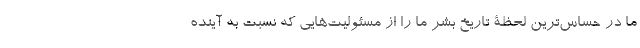
ما در حساس‌ترین لحظۀ تاریخ بشر ما را از مسئولیت‌هایی که نسبت ‌به آینده